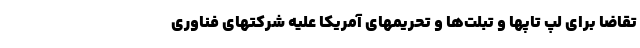
تقاضا برای لپ تاپها و تبلت‌ها و تحریمهای آمریکا علیه شرکتهای فناوری